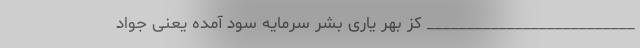
__________________________ کز بهر یارى بشر سرمایه سود آمده یعنى جواد